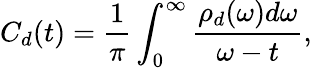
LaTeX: C_{d}(t)=\frac{1}{\pi}\int_{0}^{\infty}\frac{\rho_{d}(\omega)d\omega}{\omega-t},